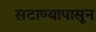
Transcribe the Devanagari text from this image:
सटाण्यापासून